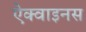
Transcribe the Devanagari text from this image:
ऐक्वाइनस